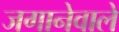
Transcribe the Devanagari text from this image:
जगानेवाले